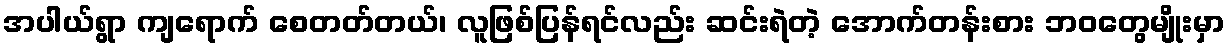
အပါယ်ရွာ ကျရောက် စေတတ်တယ်၊ လူဖြစ်ပြန်ရင်လည်း ဆင်းရဲတဲ့ အောက်တန်းစား ဘဝတွေမျိုးမှာ